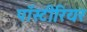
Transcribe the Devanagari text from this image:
पॉस्टीरियर